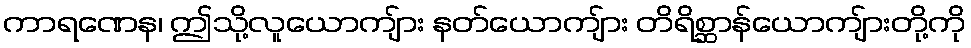
ကာရဏေန၊ ဤသို့လူယောကျ်ား နတ်ယောကျ်ား တိရိစ္ဆာန်ယောကျ်ားတို့ကို